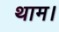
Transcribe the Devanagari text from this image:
थाम।